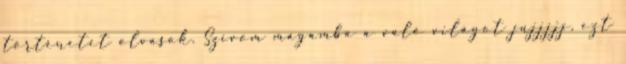
történetet olvasok. Szívom magamba a való világot jujjjjj, ezt